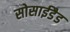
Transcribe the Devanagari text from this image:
सोसाईडैड